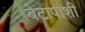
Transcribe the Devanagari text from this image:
बेटापाशी